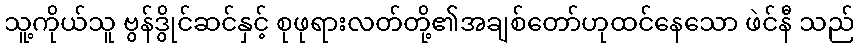
သူ့ကိုယ်သူ ဗွန်ဒွိုင်ဆင်နှင့် စုဖုရားလတ်တို့၏အချစ်တော်ဟုထင်နေသော ဖဲင်နီ သည်